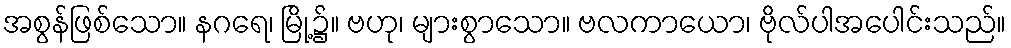
အစွန်ဖြစ်သော။ နဂရေ၊ မြို့၌။ ဗဟု၊ များစွာသော။ ဗလကာယော၊ ဗိုလ်ပါအပေါင်းသည်။